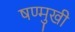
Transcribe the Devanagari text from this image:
षण्मुखी